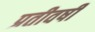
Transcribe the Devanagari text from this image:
प्रतीवर्षी